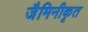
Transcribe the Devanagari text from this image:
जैमिनीकृत